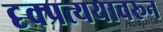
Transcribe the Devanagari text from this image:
दृक्प्रत्ययावरून